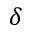
\delta